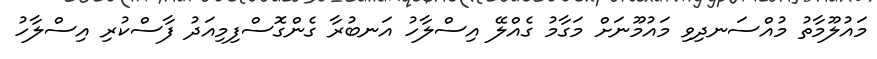
މައުލޫމާތު މުއްސަނދިވި މައުމޫނަށް މަގާމު ގެއްލޭ އިސްލާހު އަނބުރާ ގެންގޮސްފިމިއަދު ފާސްކުރި އިސްލާހު